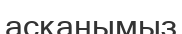
асқанымыз